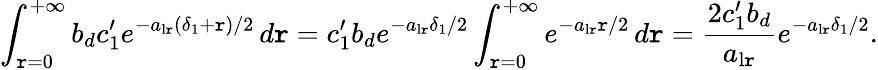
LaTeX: \int_{\mathtt{r}=0}^{+\infty}b_{d}c_{1}^{\prime}e^{-a_{\mathrm{{l\mathtt{r}}}}(\delta_{1}+\mathtt{r})/2}\, d\mathtt{r}=c_{1}^{\prime}b_{d}e^{-a_{\mathrm{{l\mathtt{r}}}}\delta_{1}/2}\int_{\mathtt{r}=0}^{+\infty}e^{-a_{{\mathrm{{l\mathtt{r}}}}}\mathtt{r}/2}\, d\mathtt{r}=\frac{{2c_{1}^{\prime}b_{d}}}{{a_{\mathrm{{l\mathtt{r}}}}}}e^{-a_{\mathrm{{l\mathtt{r}}}}\delta_{1}/2}.